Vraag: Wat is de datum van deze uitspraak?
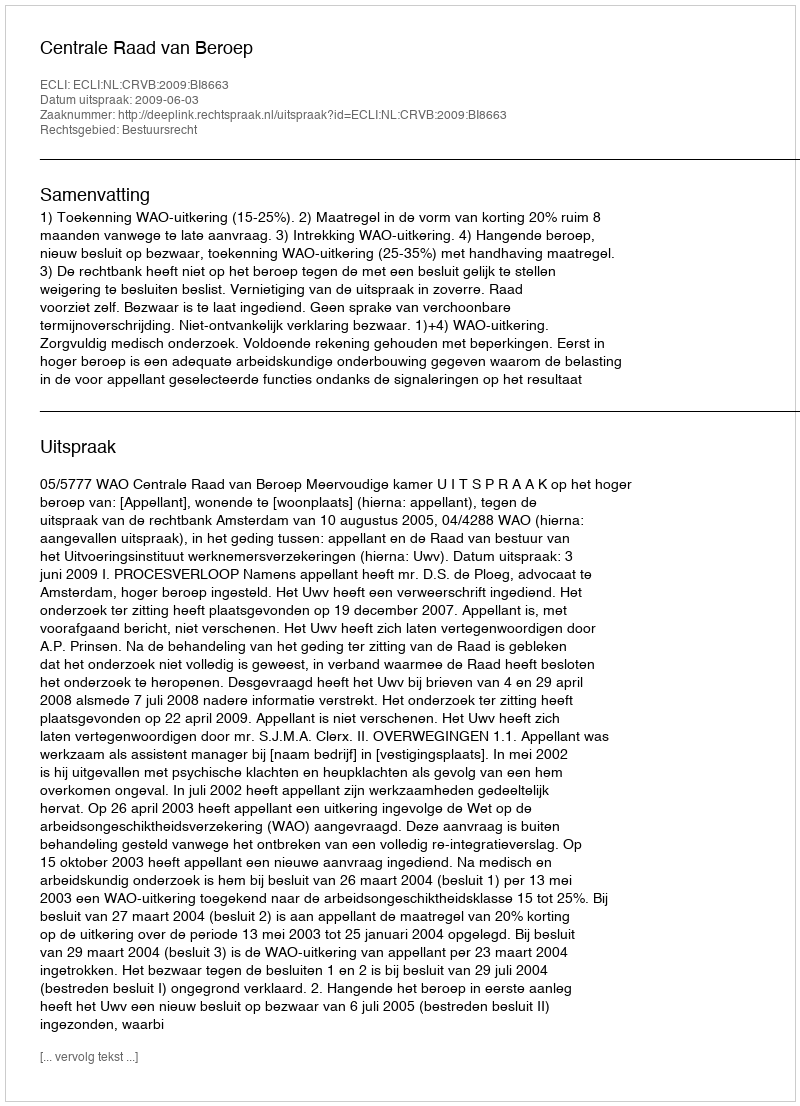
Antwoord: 2009-06-03